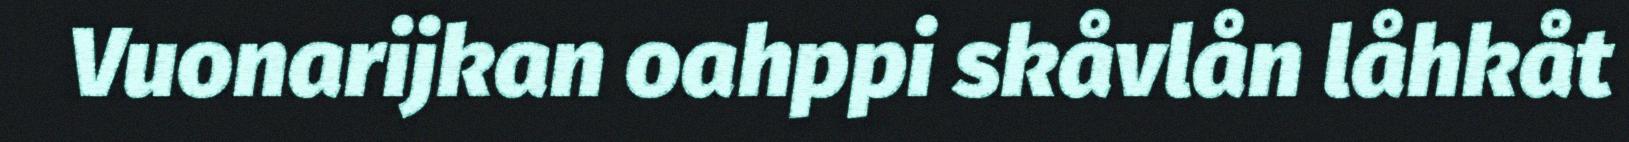
Vuonarijkan oahppi skåvlån låhkåt